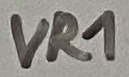
Text: VR1